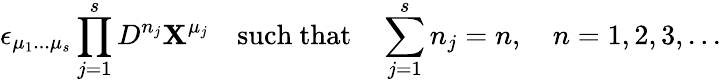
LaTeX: \epsilon_{\mu_{1}...\mu_{s}}\prod_{j=1}^{s}D^{n_{j}}{\mathbf X}^{\mu_{j}}\quad\mathrm{such~that}\quad\sum_{j=1}^{s}n_{j}=n,\quad n=1,2,3,...